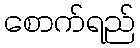
စောက်ရည်